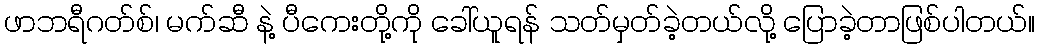
ဖာဘရီဂတ်စ်၊ မက်ဆီ နဲ့ ပီကေးတို့ကို ခေါ်ယူရန် သတ်မှတ်ခဲ့တယ်လို့ ပြောခဲ့တာဖြစ်ပါတယ်။